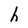
Character: h